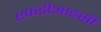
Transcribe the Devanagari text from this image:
एफडीआइसी